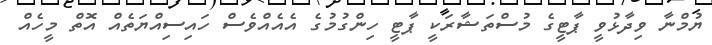
ޔުމްނާ ވިދާޅުވީ ޕާޓީގެ މުސްތަޝާރަކީ ޕާޓީ ހިންގުމުގެ އެއެއްވެސް ހައިސިއްޔަތެއް އޮތް މީހެއް